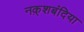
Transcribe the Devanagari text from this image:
नक़्शबंदिया